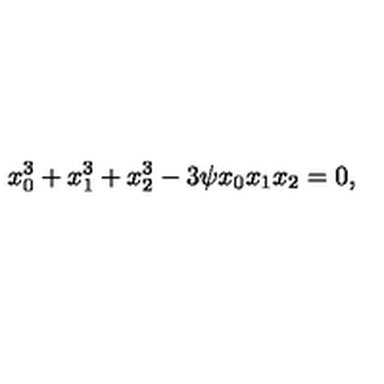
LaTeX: x _ { 0 } ^ { 3 } + x _ { 1 } ^ { 3 } + x _ { 2 } ^ { 3 } - 3 \psi x _ { 0 } x _ { 1 } x _ { 2 } = 0 ,